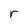
Character: r